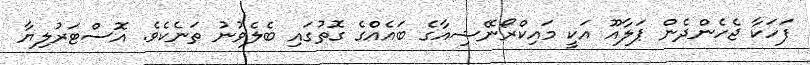
ފަހަކާ ޖެހެންދެން ޕަލާއޫ އަކީ މައިކްރޯނޭޝިއާގެ ބައެއްގެ ގޮތުގައި ބެލެވުނު ތަނެކެވެ. އޮސްޓަރުލިޔާ